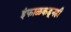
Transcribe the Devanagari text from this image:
इंफाळकडूनही